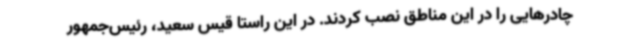
چادرهایی را در این مناطق نصب کردند. در این راستا قیس سعید، رئیس‌جمهور